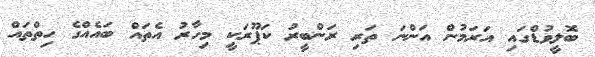
ބޮލީވުޑްގައި އަރަމުން އަންނަ ތަރި ރަންބީރު ކަޕޫރަކީ މިހާރު އެތައް ބައެއްގެ ހިތްތައް